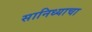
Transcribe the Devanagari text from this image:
सानिध्याचा